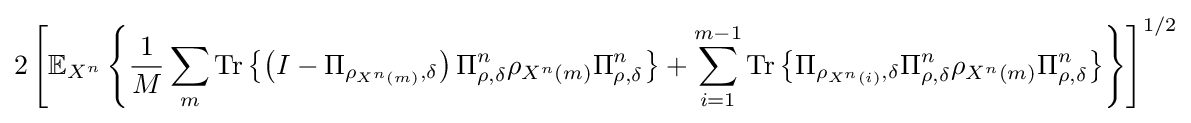
2\left[\mathbb {E} _{X^{n}}\left\{{\frac {1}{M}}\sum _{m}{\text{Tr}}\left\{\left(I-\Pi _{\rho _{X^{n}\left(m\right)},\delta }\right)\Pi _{\rho ,\delta }^{n}\rho _{X^{n}\left(m\right)}\Pi _{\rho ,\delta }^{n}\right\}+\sum _{i=1}^{m-1}{\text{Tr}}\left\{\Pi _{\rho _{X^{n}\left(i\right)},\delta }\Pi _{\rho ,\delta }^{n}\rho _{X^{n}\left(m\right)}\Pi _{\rho ,\delta }^{n}\right\}\right\}\right]^{1/2}